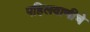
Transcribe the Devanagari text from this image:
पहिलवाणीचे